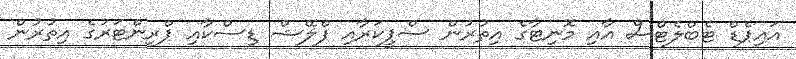
އައިޕެޑް ޓެބްލެޓްސް އާއި މޮނިޓާގެ އިތުރުން ސްޕީކަރާއި ފްލޭޝް ޑިސްކާއި ޕްރިންޓަރުގެ އިތުރުން